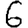
Digit: 6